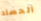
الحصاد